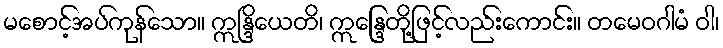
မစောင့်အပ်ကုန်သော။ ဣန္ဒြိယေတိ၊ ဣန္ဒြေတို့ဖြင့်လည်းကောင်း။ တမေဝဂါမံ ဝါ၊